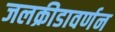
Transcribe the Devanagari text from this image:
जलक्रीडावर्णन